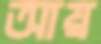
আয়